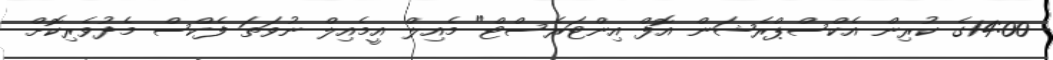
14:00ގެ ކުރިން އެކްސްޕްރެޝަން އޮފް އިންޓަރެސްޓް" މެއިލް އީމެއިލް ނުވަތަ ފެކްސް މެދުވެރިކޮށް